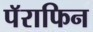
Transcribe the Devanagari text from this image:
पॅराफिन